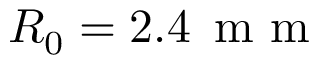
R _ { 0 } = 2 . 4 \, \mathrm { ~ m ~ m ~ }